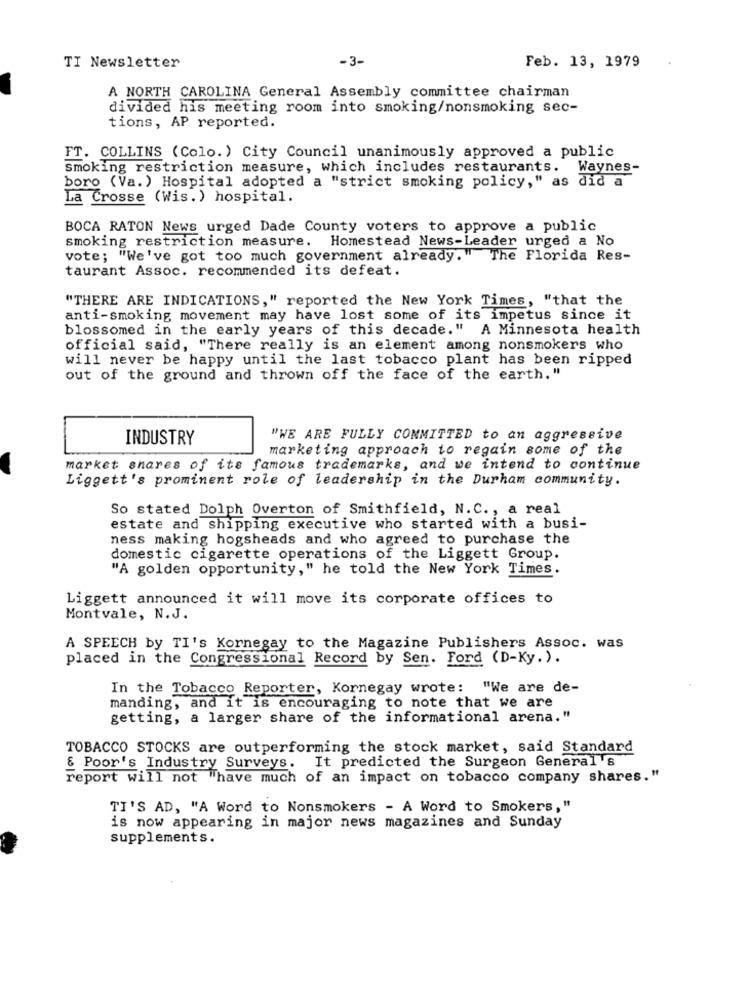
-3-
Feb. 13, 1979
TI Newsletter
A NORTH CAROLINA General Assembly committee chairman
divided his meeting room into smoking/nonsmoking sec-
tions, AP reported.
FT. COLLINS (Colo. ) City Council unanimously approved a public
smoking restriction measure, which includes restaurants. Waynes-
boro (Va.) Hospital adopted a "strict smoking policy," as did a
La Crosse (Wis. ) hospital.
BOCA RATON News urged Dade County voters to approve a public
Homestead News-Leader urged a No
smoking restriction measure.
vote; "We've got too much government already." The Florida Res-
taurant Assoc. recommended its defeat.
"THERE ARE INDICATIONS," reported the New York Times, "that the
anti-smoking movement may have lost some of its impetus since it
blossomed in the early years of this decade." A Minnesota health
official said, "There really is an element among nonsmokers who
will never be happy until the last tobacco plant has been ripped
out of the ground and thrown off the face of the earth."
INDUSTRY
"WE ARE FULLY COMMITTED to an aggressive
marketing approach to regain some of the
market shares of its famous trademarks, and we intend to continue
Liggett's prominent role of leadership in the Durham community.
So stated Dolph Overton of Smithfield, N.C ., a real
estate and shipping executive who started with a busi-
ness making hogsheads and who agreed to purchase the
domestic cigarette operations of the Liggett Group.
"A golden opportunity," he told the New York Times.
Liggett announced it will move its corporate offices to
Montvale, N.J.
A SPEECH by TI's Kornegay to the Magazine Publishers Assoc. was
placed in the Congressional Record by Sen. Ford (D-Ky.).
In the Tobacco Reporter, Kornegay wrote: "We are de-
manding, and it is encouraging to note that we are
getting, a larger share of the informational arena."
TOBACCO STOCKS are outperforming the stock market, said Standard
& Poor's Industry Surveys. It predicted the Surgeon General 's
report will not "have much of an impact on tobacco company shares."
TI'S AD, "A Word to Nonsmokers - A Word to Smokers,"
is now appearing in major news magazines and Sunday
supplements.